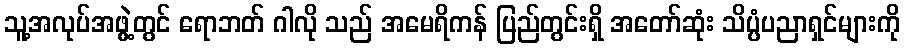
သူ့အလုပ်အဖွဲ့တွင် ရောဘတ် ဂါလို သည် အမေရိကန် ပြည်တွင်းရှိ အတော်ဆုံး သိပ္ပံပညာရှင်များကို